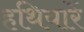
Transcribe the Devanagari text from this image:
हथियारें